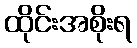
ထိုင်းအစိုးရ